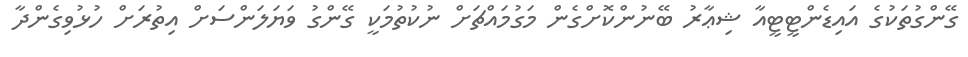
ގޭންގުތަކުގެ އައިޑެންޓީޓީއާ ޝިޢާރު ބޭނުންކޮށްގެން މަގުމައްޗަށް ނުކުތުމަކީ ގޭންގު ވަޔަލަންސަށް އިތުރަށް ހުޅުވިގެންދާ